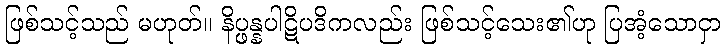
ဖြစ်သင့်သည် မဟုတ်။ နိပ္ဖန္နပါဋိပဒိကလည်း ဖြစ်သင့်သေး၏ဟု ပြအံ့သောငှာ